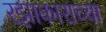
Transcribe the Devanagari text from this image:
रझाकाराच्या